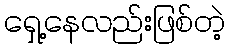
ရှေ့နေလည်းဖြစ်တဲ့